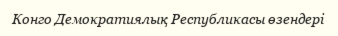
Конго Демократиялық Республикасы өзендері